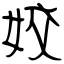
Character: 姣